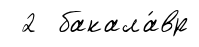
2 бакала́вр